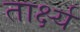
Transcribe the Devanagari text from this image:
तार्क्ष्य